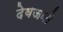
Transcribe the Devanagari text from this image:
देवजनी